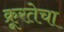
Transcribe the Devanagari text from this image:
क्रूरतेचा